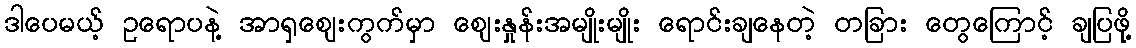
ဒါပေမယ့် ဥရောပနဲ့ အာရှဈေးကွက်မှာ ဈေးနှုန်းအမျိုးမျိုး ရောင်းချနေတဲ့ တခြား တွေကြောင့် ချပြဖို့